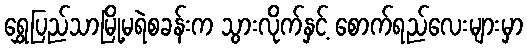
ရွှေပြည်သာမြို့မရဲစခန်းက သွားလိုက်နှင့် စောက်ရည်လေးများမှာ